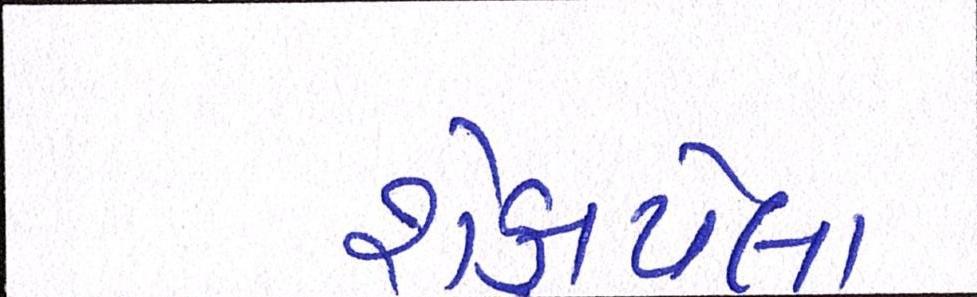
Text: શેકાયેલા